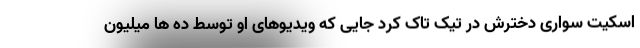
اسکیت سواری دخترش در تیک تاک کرد جایی که ویدیوهای او توسط ده ها میلیون